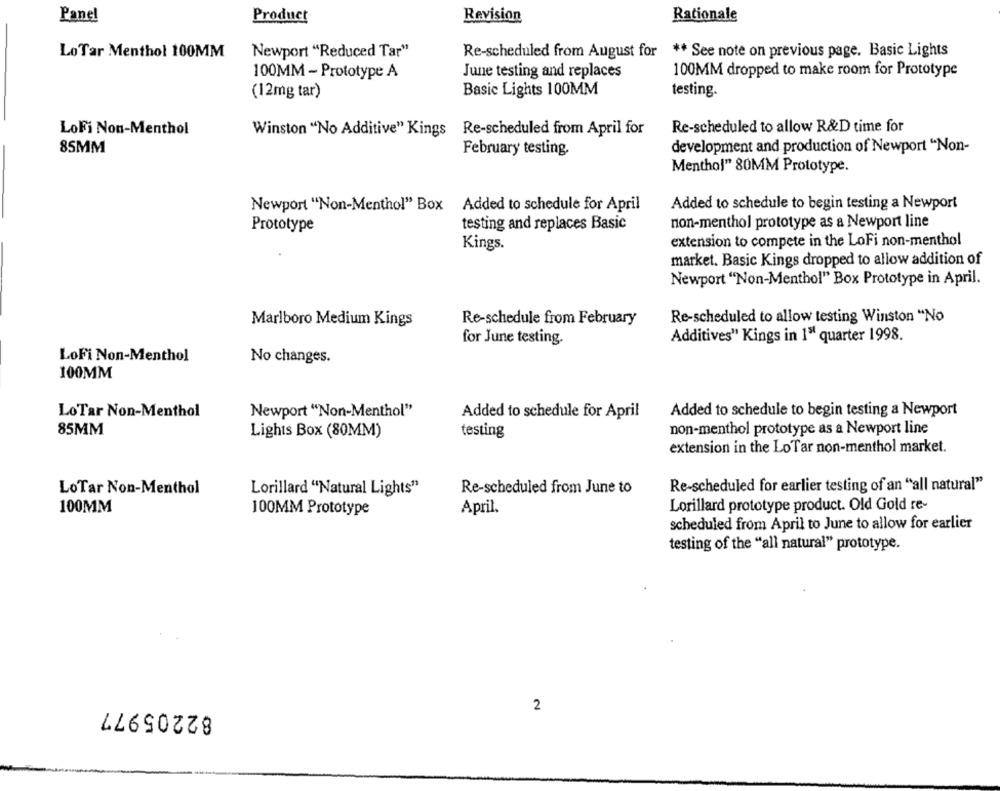
Panel
Product
Revision
Rationale
LoTar Menthol 100MM
Newport "Reduced Tar"
Re-scheduled from August for ** See note on previous page. Basic Lights
100MM - Prototype A
June testing and replaces
100MM dropped to make room for Prototype
(12mg tar)
Basic Lights 100MM
testing.
LoFi Non-Menthol
Winston "No Additive" Kings Re-scheduled from April for
Re-scheduled to allow R&D time for
85MM
February testing.
development and production of Newport "Non-
Menthol" 80MM Prototype.
Newport "Non-Menthol" Box Added to schedule for April
Added to schedule to begin testing a Newport
Prototype
testing and replaces Basic
non-menthol prototype as a Newport line
Kings.
extension to compete in the LoFi non-menthol
market. Basic Kings dropped to allow addition of
Newport "Non-Menthol" Box Prototype in April.
Marlboro Medium Kings
Re-schedule from February
Re-scheduled to allow testing Winston "No
for June testing.
Additives" Kings in 1" quarter 1998.
LoFi Non-Menthol
No changes.
100MM
Added to schedule to begin testing a Newport
LoTar Non-Menthol
Newport "Non-Menthol"
Added to schedule for April
85MM
Lights Box (80MM)
testing
non-menthol prototype as a Newport line
extension in the LoTar non-menthol market.
Lorillard "Natural Lights"
Re-scheduled from June to
Re-scheduled for earlier testing of an "all natural"
LoTar Non-Menthol
Lorillard prototype product. Old Gold re-
100MM
100MM Prototype
April.
scheduled from April to June to allow for earlier
testing of the "all natural" prototype.
82205977
2